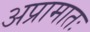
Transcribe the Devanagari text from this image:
अप्रामातः